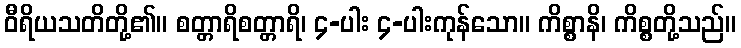
ဝီရိယသတိတို့၏။ စတ္တာရိစတ္တာရိ၊ ၄-ပါး ၄-ပါးကုန်သော။ ကိစ္စာနိ၊ ကိစ္စတို့သည်။